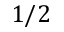
1 / 2